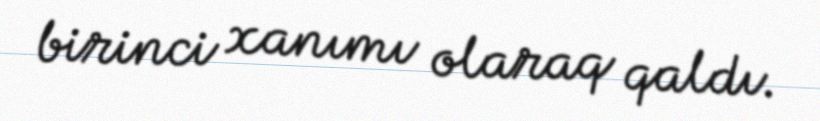
birinci xanımı olaraq qaldı.